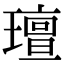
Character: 璮